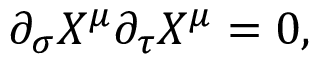
\partial _ { \sigma } X ^ { \mu } \partial _ { \tau } X ^ { \mu } = 0 ,